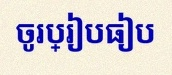
ចូរប្រៀបធៀប